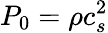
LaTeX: P_{0}=\rho c_{s}^{2}